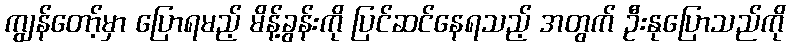
ကျွန်တော့်မှာ ပြောရမည့် မိန့်ခွန်းကို ပြင်ဆင်နေရသည့် အတွက် ဦးနုပြောသည်ကို